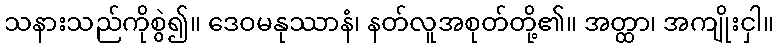
သနားသည်ကိုစွဲ၍။ ဒေဝမနုဿာနံ၊ နတ်လူအစုတ်တို့၏။ အတ္ထာ၊ အကျိုးငှါ။